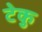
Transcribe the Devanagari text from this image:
टेकु